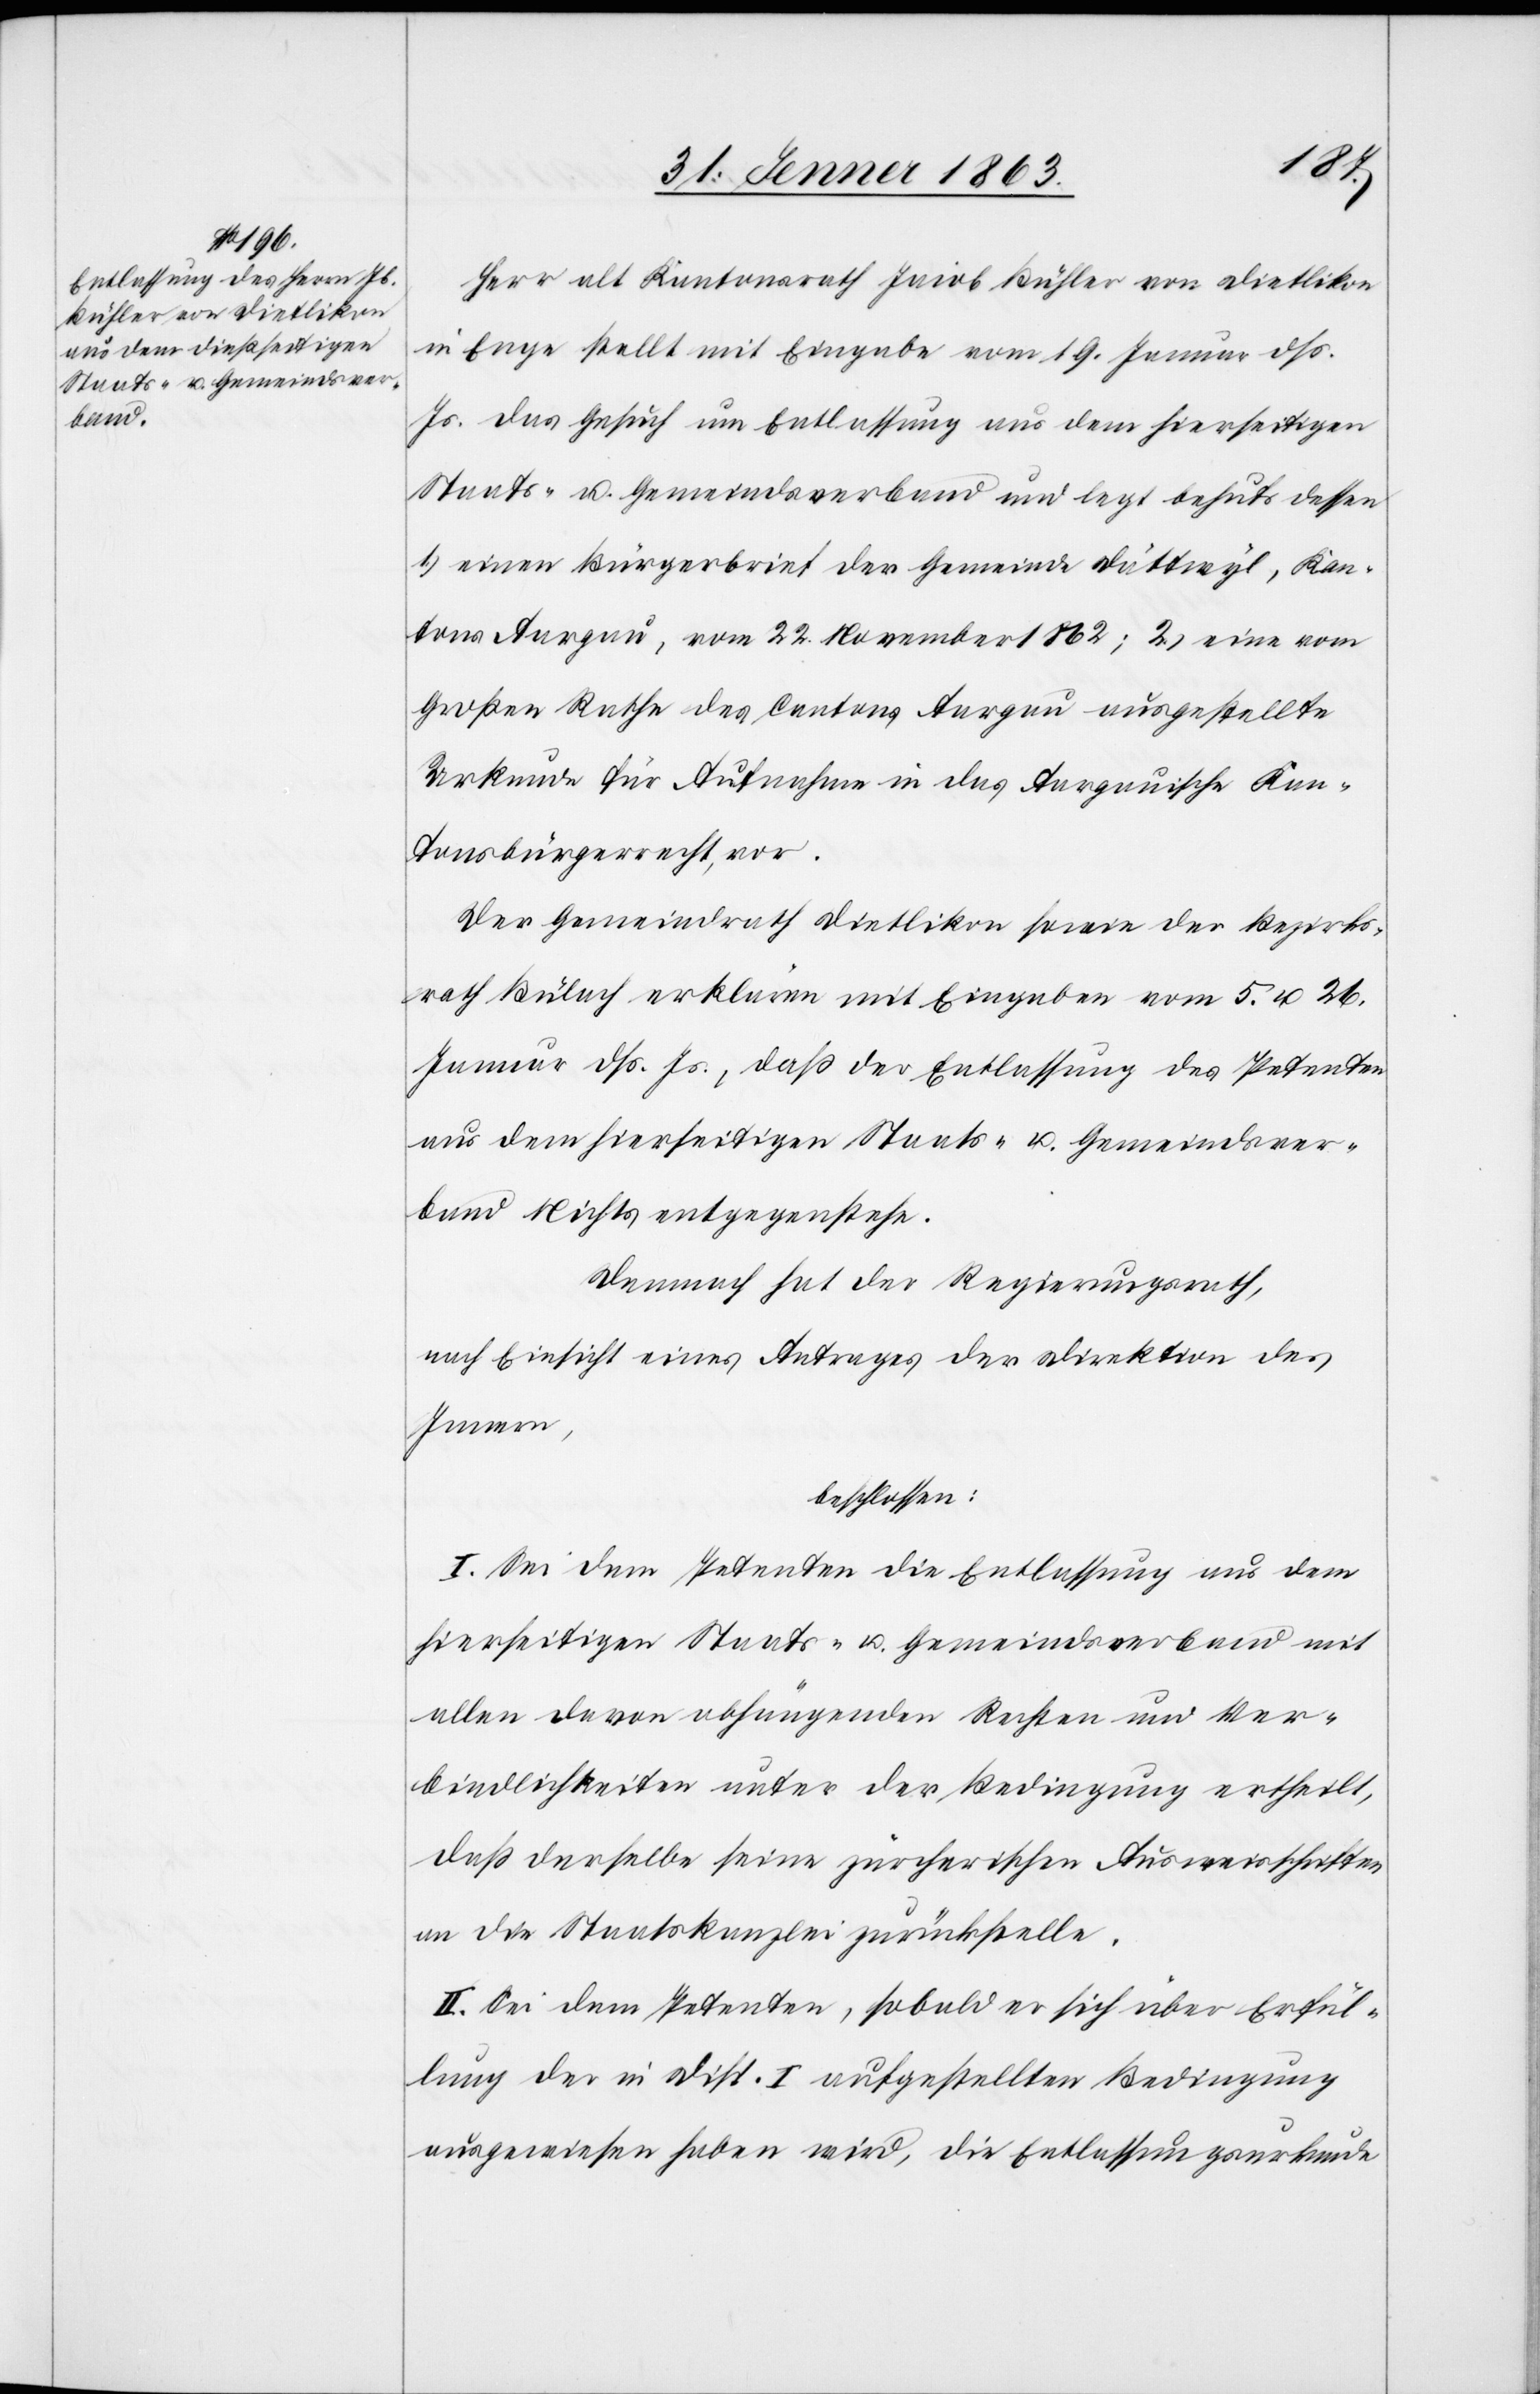
Herr alt Kantonsrath Jacob Bühler von Dietlikon
in Enge stellt mit Eingabe vom 19. Januar dß.
Js. das Gesuch um Entlassung aus dem hierseitigen
Staats- u. Gemeindsverband und legt behufs dessen
1.) einen Bürgerbrief der Gemeinde Dättwyl, Kan¬
tons Aargau, vom 22. November 1862; 2.) eine vom
Großen Rathe des Cantons Aargau ausgestellte
Urkunde für Aufnahme in das Aargauische Kan¬
tonsbürgerrecht, vor.
Der Gemeindrath Dietlikon sowie der Bezirks¬
rath Bülach erklären mit Eingaben vom 5. u. 26.
Januar dß. Js., daß der Entlassung des Petenten
aus dem hierseitigen Staats- u. Gemeindsver¬
band Nichts entgegenstehe.
Demnach hat der Regierungsrath,
nach Einsicht eines Antrages der Direktion des
Innern,
beschlossen:
I. Sei dem Petenten die Entlassung aus dem
hierseitigen Staats- u. Gemeindsverband mit
allen davon abhängenden Rechten und Ver¬
bindlichkeiten unter der Bedingung ertheilt,
daß derselbe seine zürcherischen Ausweisschriften
an die Staatskanzlei zurückstelle.
II. Sei dem Petenten, sobald er sich über Erfül¬
lung der in Disp. I aufgestellten Bedingung
ausgewiesen haben wird, die Entlassungsurkunde